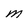
Character: M